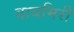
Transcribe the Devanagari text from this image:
वायमिरी